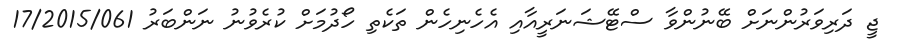
ޖީ ދަރިވަރުންނަށް ބޭނުންވާ ސްޓޭޝަނަރީއާއި އެހެނިހެން ތަކެތި ހޯދުމަށް ކުރެވުނު ނަންބަރު 17/2015/061